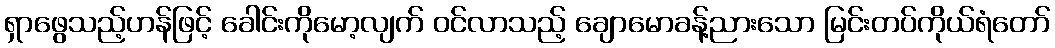
ရှာဖွေသည့်ဟန်ဖြင့် ခေါင်းကိုမော့လျက် ဝင်လာသည့် ချောမောခန့်ညားသော မြင်းတပ်ကိုယ်ရံတော်